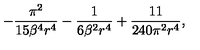
- \frac { \pi ^ { 2 } } { 1 5 \beta ^ { 4 } r ^ { 4 } } - \frac { 1 } { 6 \beta ^ { 2 } r ^ { 4 } } + \frac { 1 1 } { 2 4 0 \pi ^ { 2 } r ^ { 4 } } ,